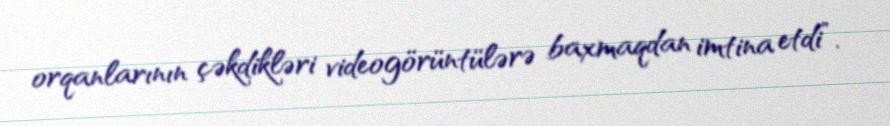
orqanlarının çəkdikləri videogörüntülərə baxmaqdan imtina etdi”.